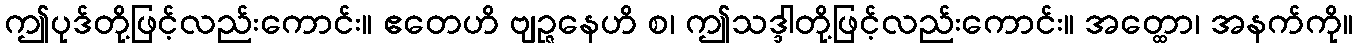
ဤပုဒ်တို့ဖြင့်လည်းကောင်း။ ဧတေဟိ ဗျဉ္ဇနေဟိ စ၊ ဤသဒ္ဒါတို့ဖြင့်လည်းကောင်း။ အတ္ထော၊ အနက်ကို။